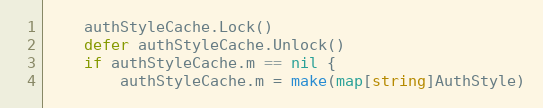
Language: Go
	authStyleCache.Lock()
	defer authStyleCache.Unlock()
	if authStyleCache.m == nil {
		authStyleCache.m = make(map[string]AuthStyle)